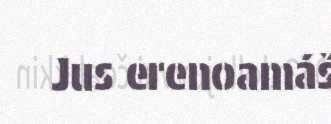
Jus erenoamáš